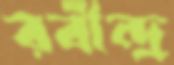
রবীন্দ্র